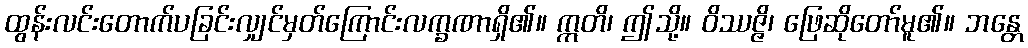
ထွန်းလင်းတောက်ပခြင်းလျှင်မှတ်ကြောင်းလက္ခဏာရှိ၏။ ဣတိ၊ ဤသို့။ ဝိဿဇ္ဇိ၊ ဖြေဆိုတော်မူ၏။ ဘန္တေ